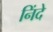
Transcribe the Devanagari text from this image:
निंदे